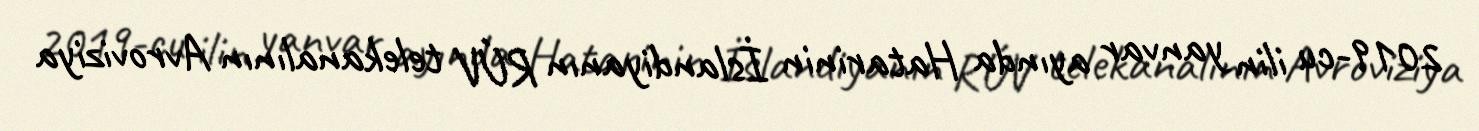
2019-cu ilin yanvar ayında Hatarinin İslandiyanın RÚV telekanalının Avroviziya